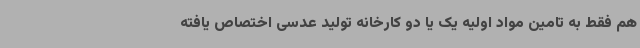
هم فقط به تامین مواد اولیه یک یا دو کارخانه تولید عدسی اختصاص یافته